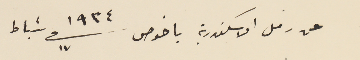
عن رمل الاسكندرية باخوص سنة ١٩٣٤ فى ١٧ شباط